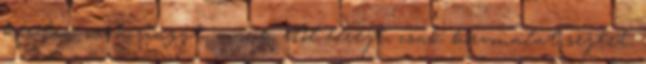
kérdez, csak ringat, mások elől elrejt, csak körvonalat sejtet,